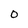
Character: O